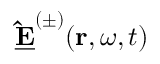
\mathbf { \underline { { \hat { E } } } } ^ { ( \pm ) } ( \mathbf { r } , \omega , t )